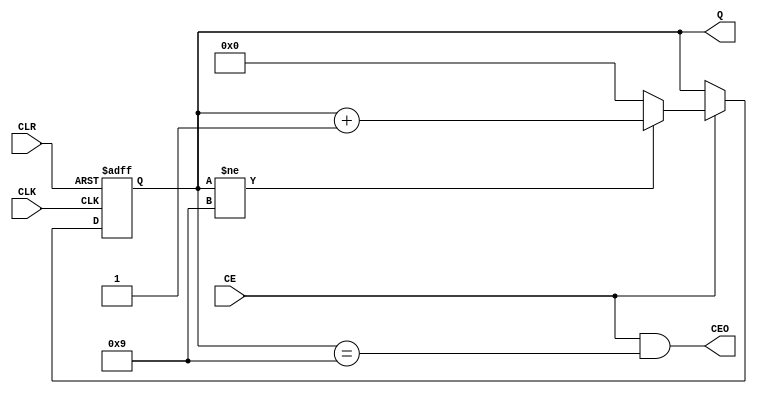
module CNT(
  input             CLK,
  input             CLR,
  input             CE,
  output reg [3:0]  Q,
  output            CEO
);

always @(posedge CLK or posedge CLR)
  if(CLR)
    Q <= 4'd0;
  else begin
    if(CE) begin
      if(Q != 4'd9)
        Q <= Q + 1;
      else
        Q <= 4'd0;
    end
  end

assign #0.2 CEO = CE & (Q == 4'd9);

endmodule

//zadania:
//1 napisac tb + symulacja

//!!! zbadac wplyw CE; jak dziala CEO?

//2 zrealizowac CEO synchronicznie - przy generowaniu stanu Q
//3 dodac opoznienia do przypisania 

//!!! jaka jest roznica pomiedzy realizacja 1 i 2 (ew. 3)

//4 zrealizowac polaczenie kaskadowe dwoch sekcji licznika bcd; przeniesienie ma byc zegarem nastepnej sekcji

//!!! wnioski

//5 realizacja synchroniczna --- specyfika ukladow FPGA; SKEW